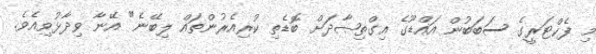
މި ފެކްޓަރީގެ ސަބަބުން އައްޑޫގެ އިގްތިޞާދަށް ބޮޑެތި ކުރިއެރުންތައް ލިބޭނެ" އޭނާ ވިދާޅުވިއެވެ.